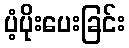
ပံ့ပိုးပေးခြင်း